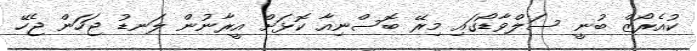
ކުއެރޯޒް ބުނީ ސަލްވާޑޯގައި މިރޭ ބޮސްނިއާ ކޮޅަށް އީރާނުން ލަނޑު ޖަހަން ޖެހޭ